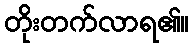
တိုးတက်လာရ၏။